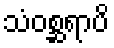
သံဝစ္ဆရာပိ